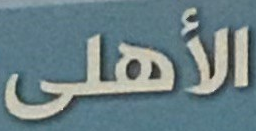
الأهلى